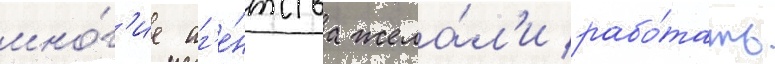
мно́г'ие аг'е́нтства жела́л'и рабо́тать